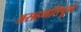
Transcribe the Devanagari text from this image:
असहमतिपूर्ण